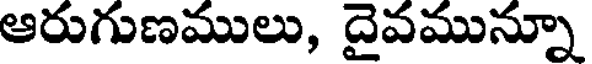
ఆరుగుణములు, దైవమున్నూ